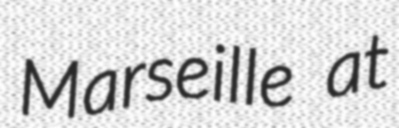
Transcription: Marseille at